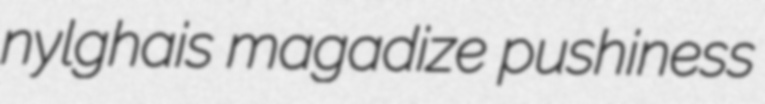
nylghais magadize pushiness